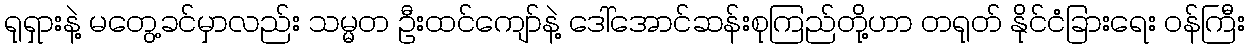
ရုရှားနဲ့ မတွေ့ခင်မှာလည်း သမ္မတ ဦးထင်ကျော်နဲ့ ဒေါ်အောင်ဆန်းစုကြည်တို့ဟာ တရုတ် နိုင်ငံခြားရေး ဝန်ကြီး